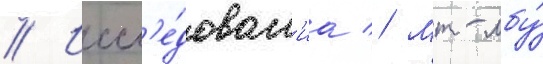
// Иссл'е́дован'иа // Мт-лбу́